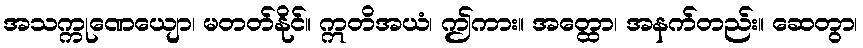
အသက္ကုဏေယျော၊ မတတ်နိုင်။ ဣတိအယံ၊ ဤကား။ အတ္ထော၊ အနက်တည်း။ ဆေတွာ၊